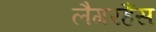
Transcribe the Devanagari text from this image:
लैगरहैंस